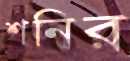
শনির